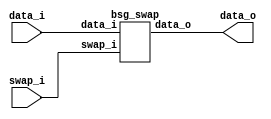


module top
(
  data_i,
  swap_i,
  data_o
);

  input [63:0] data_i;
  output [63:0] data_o;
  input swap_i;

  bsg_swap
  wrapper
  (
    .data_i(data_i),
    .data_o(data_o),
    .swap_i(swap_i)
  );


endmodule



module bsg_swap
(
  data_i,
  swap_i,
  data_o
);

  input [63:0] data_i;
  output [63:0] data_o;
  input swap_i;
  wire [63:0] data_o;
  wire N0,N1,N2;
  assign data_o = (N0)? { data_i[31:0], data_i[63:32] } : 
                  (N1)? data_i : 1'b0;
  assign N0 = swap_i;
  assign N1 = N2;
  assign N2 = ~swap_i;

endmodule